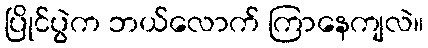
ပြိုင်ပွဲက ဘယ်လောက် ကြာနေကျလဲ။